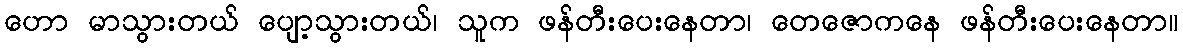
ဟော မာသွားတယ် ပျော့သွားတယ်၊ သူက ဖန်တီးပေးနေတာ၊ တေဇောကနေ ဖန်တီးပေးနေတာ။